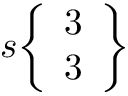
s { \left\{ \begin{array} { l } { 3 } \\ { 3 } \end{array} \right\} }